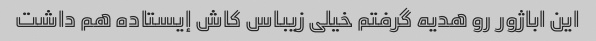
این اباژور رو هدیه گرفتم خیلی زیباس کاش إیستاده هم داشت